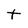
Character: t